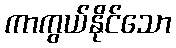
ကာကွယ်နိုင်သော